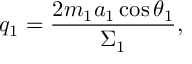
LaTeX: q _ { 1 } = \frac { 2 m _ { 1 } a _ { 1 } \cos \theta _ { 1 } } { \Sigma _ { 1 } } ,